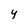
Character: Y